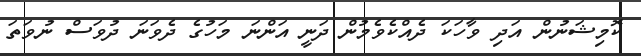
ކޮމިޝަނުން އަދި ވާހަކަ ދެއްކެވެމުން ދަނީ އަންނަ މަހުގެ ދެވަނަ ދުވަސް ނުވަތަ